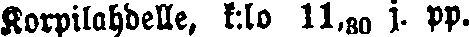
Korpilahdelle, k:lo 11,30 j. pp.